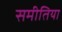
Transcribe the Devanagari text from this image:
समीतिया